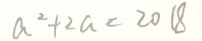
a ^ { 2 } + 2 a < 2 0 1 8